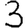
Digit: 3